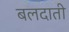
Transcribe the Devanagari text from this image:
बलदाती